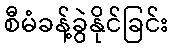
စီမံခန့်ခွဲနိုင်ခြင်း